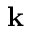
\textbf { k }